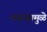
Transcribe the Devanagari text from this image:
कचऱ्यामुळे